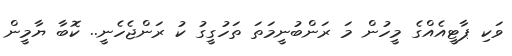
ވަކި ޕާޓީއެއްގެ މީހުން މަ ރަންބުނީމަތަ ތަހުގީގު ކު ރަންޖެހެނީ.. ކޮބާ ޔާމީން